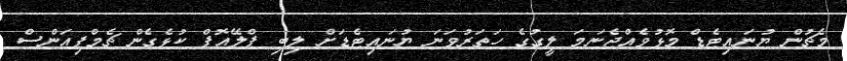
މެޗުން ޔުނައިޓެޑް މޮޅުވެއްޖެނަމަ ލީގުގެ ހަތަރުވަނަ ޔުނައިޓެޑަށް ލިބި ޕްލޭއޮފް ކުޅެގެން ޗެމްޕިއަންސް